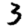
Digit: 3